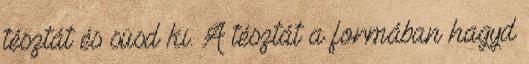
tésztát és süsd ki. A tésztát a formában hagyd